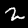
Digit: 2